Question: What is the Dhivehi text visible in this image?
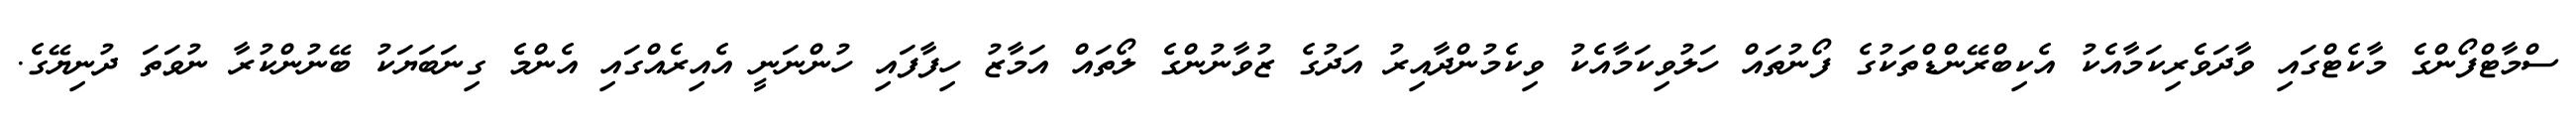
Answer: ސްމާޓްފޯންގެ މާކެޓްގައި ވާދަވެރިކަމާއެކު އެކިބްރޭންޑްތަކުގެ ފޯނުތައް ހަލުވިކަމާއެކު ވިކެމުންދާއިރު އަދުގެ ޒުވާނުންގެ ލޯތައް އަމާޒު ހިފާފައި ހުންނަނީ އެއިރެއްގައި އެންމެ ގިނަބަޔަކު ބޭނުންކުރާ ނުވަތަ ދުނިޔޭގެ.